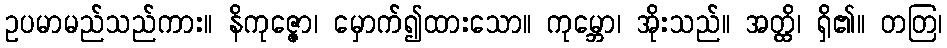
ဥပမာမည်သည်ကား။ နိကုဇ္ဇော၊ မှောက်၍ထားသော။ ကုမ္ဘော၊ အိုးသည်။ အတ္ထိ၊ ရှိ၏။ တတြ၊